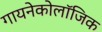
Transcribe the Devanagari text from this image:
गायनेकोलॉजिक